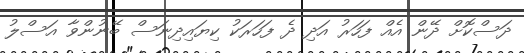
ދަސްކޮށް ދޭން އެއް ފަހަރު އަދި ދެ ފަހަރަކު ކިޔައިދިނަސް ބޭނުންވާ އަސްލު